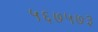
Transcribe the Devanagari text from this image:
५६७५७३